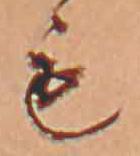
も